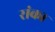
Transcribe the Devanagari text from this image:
रांका